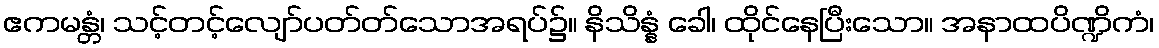
ဧကမန္တံ၊ သင့်တင့်လျော်ပတ်တ်သောအရပ်၌။ နိသိန္နံ ခေါ၊ ထိုင်နေပြီးသော။ အနာထပိဏ္ဍိကံ၊